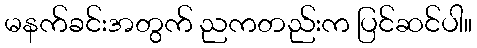
မနက်ခင်းအတွက် ညကတည်းက ပြင်ဆင်ပါ။